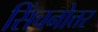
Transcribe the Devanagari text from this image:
सिंचनोत्तर